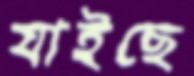
যাইছে